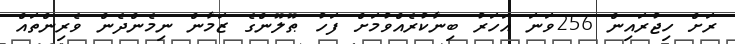
ރަށް ހިޖުރައިން 256ވަނަ އަހަރު ބިނާކުރެއްވުމަށް ފަހު ޠޫލޫންގެ ޒަމާން ނިމެންދެން ވެރިންތައް